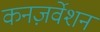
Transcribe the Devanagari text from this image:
कनज़र्वेशन